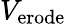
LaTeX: V_{\mathrm{{erode}}}